King Institute of Preventive Medicine Micro-Biological Section reports 1912-19
Year: 1912
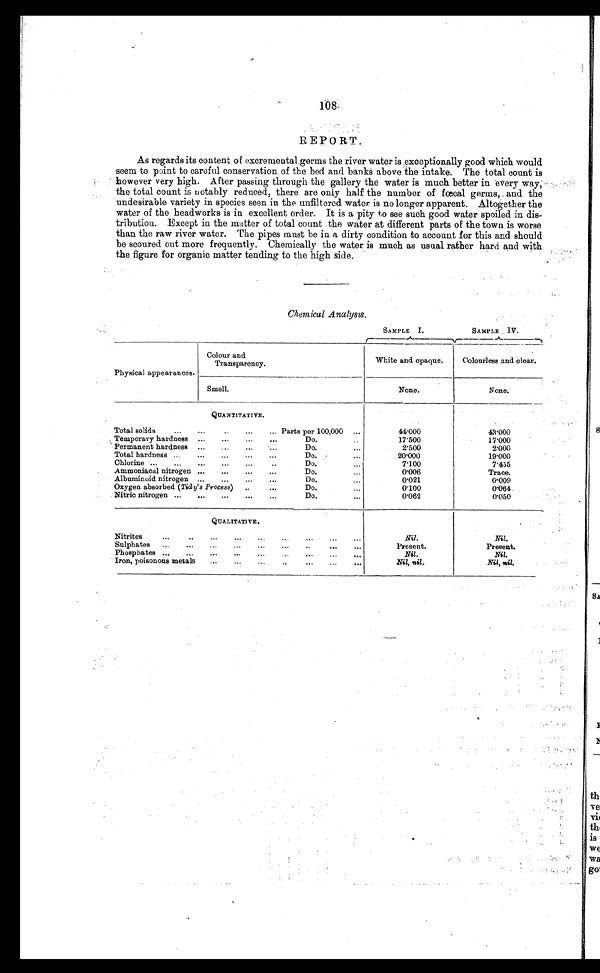
108.
REPORT.
As regards its content of excremental germs the river water is exceptionally good which would
seem to point to careful conservation of the bed and banks above the intake. The total count is
however very high. After passing through the gallery the water is much better in every way,
the total count is Botably reduced, there are only half the number of fœcal germs, and the
undesirable variety in species seen in the unfiltered water is no longer apparent. Altogether the
water of the headworks is in excellent order. It is a pity to see such good water spoiled in dis-
tribution. Except in the matter of total count .the water at different parts of the town is worse
than the raw river water. The pipes must be in a dirty condition to account for this and should
be scoured out more frequently. Chemically the water is much as usual rather hard and with
the figure for organic matter tending to the high side.
Chemical Analysis.
SAMPLE I.
SAMPLE IV.
Physical appearances.
Colour and
Transparency.
White and opaque.
Colourless and clear.
Smell.
None.
None.
QUANTITATIVE.
Total solids
...
...
..
...
... Parts per 100,000
...
44.000
43.000
Temporary hardness
...
...
...
...
Do.
17.500
17.000
Permanent hardness
...
...
Do.
...
2.500
2.000
Total hardness ..
...
...
...
...
Do.
...
20.000
19.000
Chlorine ...
...
...
...
.„
..
Do.
7.100
7.455
A mmoniacal nitrogen ...
...
...
...
Do.
...
0.006
Trace.
Albuminoid nitrogen ...
...
...
.,.
Do.
...
0.021
6.009
Oxygen absorbed (Tidy's Process)
..
...
Do.
...
0.100
0.064
Nitric nitrogen ...
...
...
...
...
Do.
...
0.062
0.050
QUALITATIVE.
N Nitrites
..
...
......
...
Nil.
Nil.
Sulphates
..
...
...
,..
......
..
...
...
Present.
Present.
Ph osphates ...
...
...
...
...
•••
...
. . .
Nil.
Nil.
Iron, poisonous metals
...
.....
...
...
•••
Nil, nil.
Nil, nil.